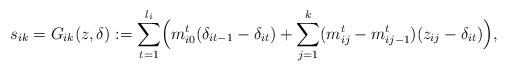
LaTeX: \begin{align*}\begin{aligned}s_{ik} &= G_{ik}(z,\delta) := \sum_{t=1}^{l_i} \Bigl( m^t_{i0}(\delta_{it-1} - \delta_{it}) + \sum_{j=1}^k(m^t_{ij} - m^t_{ij-1})(z_{ij} - \delta_{it})\Bigr), \end{aligned}\end{align*}